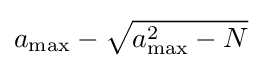
a_{\mathrm {max} }-{\sqrt {a_{\mathrm {max} }^{2}-N}}